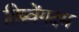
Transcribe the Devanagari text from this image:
तिरुवेंगदम